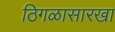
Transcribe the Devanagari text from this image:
ठिगळासारखा